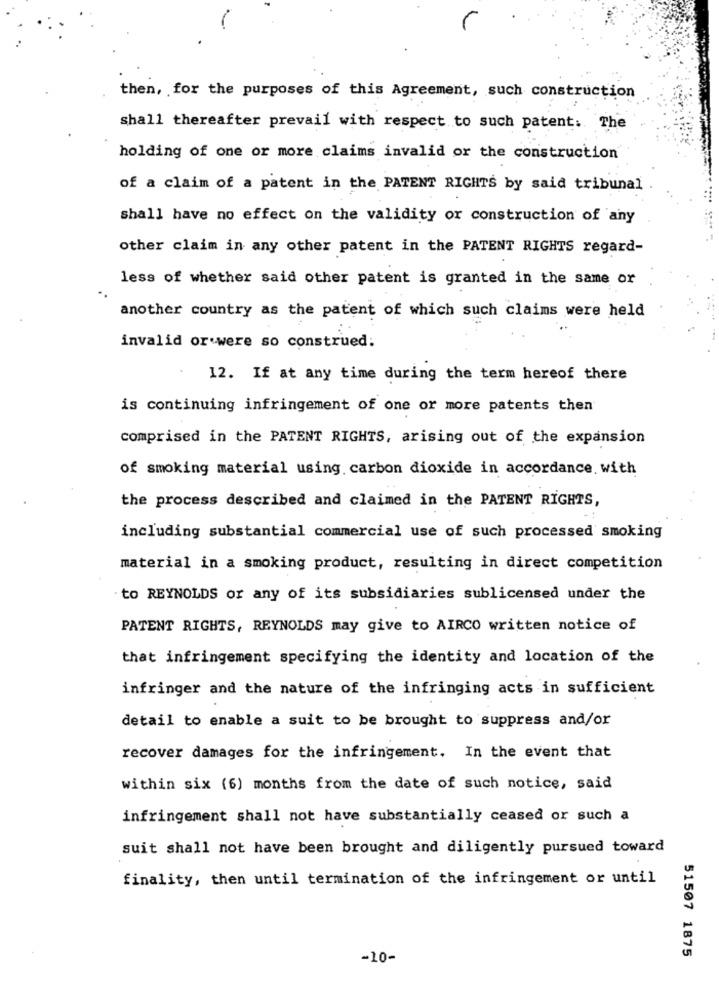
then, for the purposes of this Agreement, such construction
shall thereafter prevail with respect to such patent: The
holding of one or more claims invalid or the construction
of a claim of a patent in the PATENT RIGHTS by said tribunal
shall have no effect on the validity or construction of any
other claim in any other patent in the PATENT RIGHTS regard-
less of whether said other patent is granted in the same or
another country as the patent of which such claims were held
invalid or were so construed:
12. If at any time during the term hereof there
is continuing infringement of one or more patents then
comprised in the PATENT RIGHTS, arising out of the expansion
of smoking material using carbon dioxide in accordance. with
the process described and claimed in the PATENT RIGHTS,
including substantial commercial use of such processed smoking
material in a smoking product, resulting in direct competition
to REYNOLDS or any of its subsidiaries sublicensed under the
PATENT RIGHTS, REYNOLDS may give to AIRCO written notice of
that infringement specifying the identity and location of the
infringer and the nature of the infringing acts in sufficient
detail to enable a suit to be brought to suppress and/or
recover damages for the infringement. In the event that
within six (6) months from the date of such notice, said
infringement shall not have substantially ceased or such a
suit shall not have been brought and diligently pursued toward
finality, then until termination of the infringement or until
51507 1875
-10-